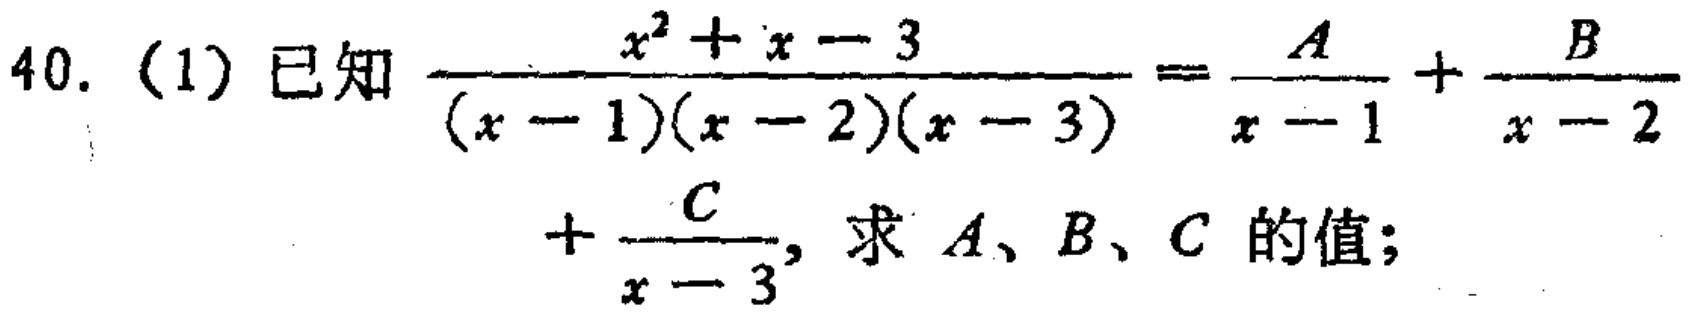
已知$\frac{x^{2}+x - 3}{(x - 1)(x - 2)(x - 3)}=\frac{A}{x - 1}+\frac{B}{x - 2}+\frac{C}{x - 3}$，求$A、B、C$的值；